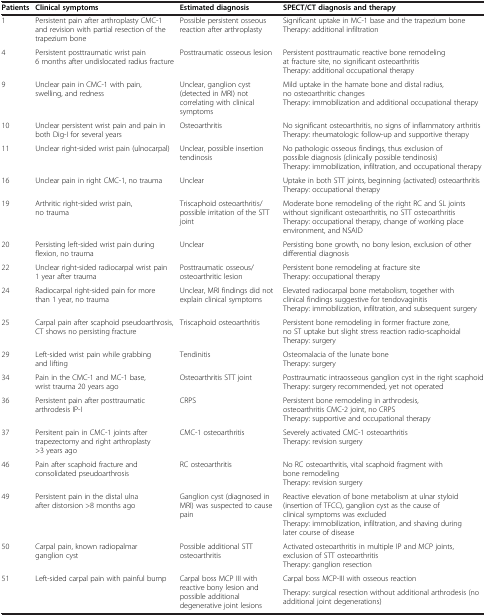
<table><thead><tr><td><b>Patients</b></td><td><b>Clinical symptoms</b></td><td><b>Estimated diagnosis</b></td><td><b>SPECT/CT diagnosis and therapy</b></td></tr></thead><tbody><tr><td>1</td><td>Persistent pain after arthroplasty CMC-1 and revision with partial resection of the trapezium bone</td><td>Possible persistent osseous reaction after arthroplasty</td><td>Significant uptake in MC-1 base and the trapezium boneTherapy: additional infiltration</td></tr><tr><td>4</td><td>Persistent posttraumatic wrist pain 6 months after undislocated radius fracture</td><td>Posttraumatic osseous lesion</td><td>Persistent posttraumatic reactive bone remodeling at fracture site, no significant osteoarthritisTherapy: additional occupational therapy</td></tr><tr><td>9</td><td>Unclear pain in CMC-1 with pain, swelling, and redness</td><td>Unclear, ganglion cyst (detected in MRI) not correlating with clinical symptoms</td><td>Mild uptake in the hamate bone and distal radius, no osteoarthritic changesTherapy: immobilization and additional occupational therapy</td></tr><tr><td>10</td><td>Unclear persistent wrist pain and pain in both Dig-I for several years</td><td>Osteoarthritis</td><td>No significant osteoarthritis, no signs of inflammatory arthritisTherapy: rheumatologic follow-up and supportive therapy</td></tr><tr><td>11</td><td>Unclear right-sided wrist pain (ulnocarpal)</td><td>Unclear, possible insertion tendinosis</td><td>No pathologic osseous findings, thus exclusion of possible diagnosis (clinically possible tendinosis)Therapy: immobilization, infiltration, and occupational therapy</td></tr><tr><td>16</td><td>Unclear pain in right CMC-1, no trauma</td><td>Unclear</td><td>Uptake in both STT joints, beginning (activated) osteoarthritisTherapy: occupational therapy</td></tr><tr><td>19</td><td>Arthritic right-sided wrist pain, no trauma</td><td>Triscaphoid osteoarthritis/possible irritation of the STT joint</td><td>Moderate bone remodeling of the right RC and SL joints without significant osteoarthritis, no STT osteoarthritisTherapy: occupational therapy, change of working place environment, and NSAID</td></tr><tr><td>20</td><td>Persisting left-sided wrist pain during flexion, no trauma</td><td>Unclear</td><td>Persisting bone growth, no bony lesion, exclusion of other differential diagnosis</td></tr><tr><td>22</td><td>Unclear right-sided radiocarpal wrist pain 1 year after trauma</td><td>Posttraumatic osseous/osteoarthritic lesion</td><td>Persistent bone remodeling at fracture siteTherapy: occupational therapy</td></tr><tr><td>24</td><td>Radiocarpal right-sided pain for more than 1 year, no trauma</td><td>Unclear, MRI findings did not explain clinical symptoms</td><td>Elevated radiocarpal bone metabolism, together with clinical findings suggestive for tendovaginitisTherapy: immobilization, infiltration, and subsequent surgery</td></tr><tr><td>25</td><td>Carpal pain after scaphoid pseudoarthrosis, CT shows no persisting fracture</td><td>Triscaphoid osteoarthritis</td><td>Persistent bone remodeling in former fracture zone, no ST uptake but slight stress reaction radio-scaphoidalTherapy: surgery</td></tr><tr><td>29</td><td>Left-sided wrist pain while grabbing and lifting</td><td>Tendinitis</td><td>Osteomalacia of the lunate boneTherapy: surgery</td></tr><tr><td>34</td><td>Pain in the CMC-1 and MC-1 base, wrist trauma 20 years ago</td><td>Osteoarthritis STT joint</td><td>Posttraumatic intraosseous ganglion cyst in the right scaphoidTherapy: surgery recommended, yet not operated</td></tr><tr><td>36</td><td>Persistent pain after posttraumatic arthrodesis IP-I</td><td>CRPS</td><td>Persistent bone remodeling in arthrodesis, osteoarthritis CMC-2 joint, no CRPSTherapy: supportive and occupational therapy</td></tr><tr><td>37</td><td>Persitent pain in CMC-1 joints after trapezectomy and right arthroplasty &gt;3 years ago</td><td>CMC-1 osteoarthritis</td><td>Severely activated CMC-1 osteoarthritisTherapy: revision surgery</td></tr><tr><td>46</td><td>Pain after scaphoid fracture and consolidated pseudoarthrosis</td><td>RC osteoarthritis</td><td>No RC osteoarthritis, vital scaphoid fragment with bone remodelingTherapy: revision surgery</td></tr><tr><td>49</td><td>Persistent pain in the distal ulna after distorsion &gt;8 months ago</td><td>Ganglion cyst (diagnosed in MRI) was suspected to cause pain</td><td>Reactive elevation of bone metabolism at ulnar styloid (insertion of TFCC), ganglion cyst as the cause of clinical symptoms was excludedTherapy: immobilization, infiltration, and shaving during later course of disease</td></tr><tr><td>50</td><td>Carpal pain, known radiopalmar ganglion cyst</td><td>Possible additional STT osteoarthritis</td><td>Activated osteoarthritis in multiple IP and MCP joints, exclusion of STT osteoarthritisTherapy: ganglion resection</td></tr><tr><td rowspan="2">51</td><td rowspan="2">Left-sided carpal pain with painful bump</td><td rowspan="2">Carpal boss MCP III with reactive bony lesion and possible additional degenerative joint lesions</td><td>Carpal boss MCP-III with osseous reaction</td></tr><tr><td>Therapy: surgical resection without additional arthrodesis (no additional joint degenerations)</td></tr></tbody></table>